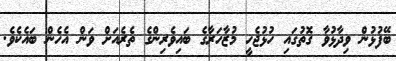
ބޭފުޅުން ވިދާޅުވާ ގޮތުގައިި ހުޅުޖެހީ މުޒާހަރާގެ ބައިވެރިންގެ ތެރެއަށް ވަން އެހެން ބައެކެވެ.